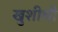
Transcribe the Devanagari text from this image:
खुशीची